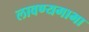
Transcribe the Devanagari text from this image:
लावण्यगाभा